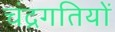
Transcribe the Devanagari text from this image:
चंद्रगतियों